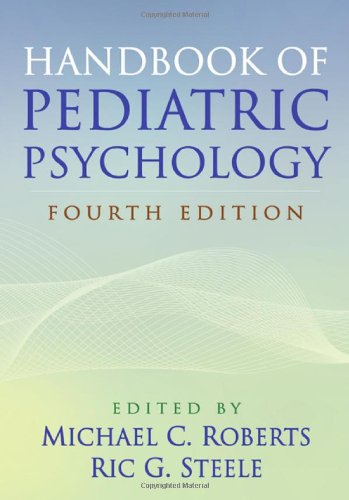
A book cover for Handbook of Pediatric Psychology, Fourth Edition; Medical Books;